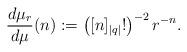
LaTeX: \begin{align*}\frac{d\mu_r}{d\mu}(n):=\left([n]_{|q|}!\right)^{-2}r^{-n}.\end{align*}